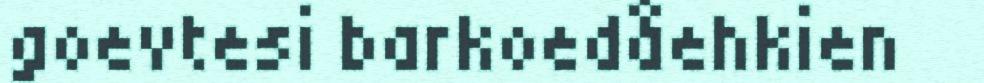
goevtesi barkoedåehkien